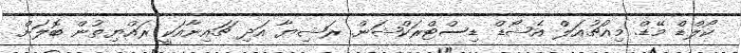
ކޯލްޑް މޭޑް. މިއުޗުއަލް އެޝޯޑް ޑިސްޓްރަކްޝަން. ރަޝިޔާ އަދި ޗައިނާއަކީ ރައްޔިތުން ބޮލަށް